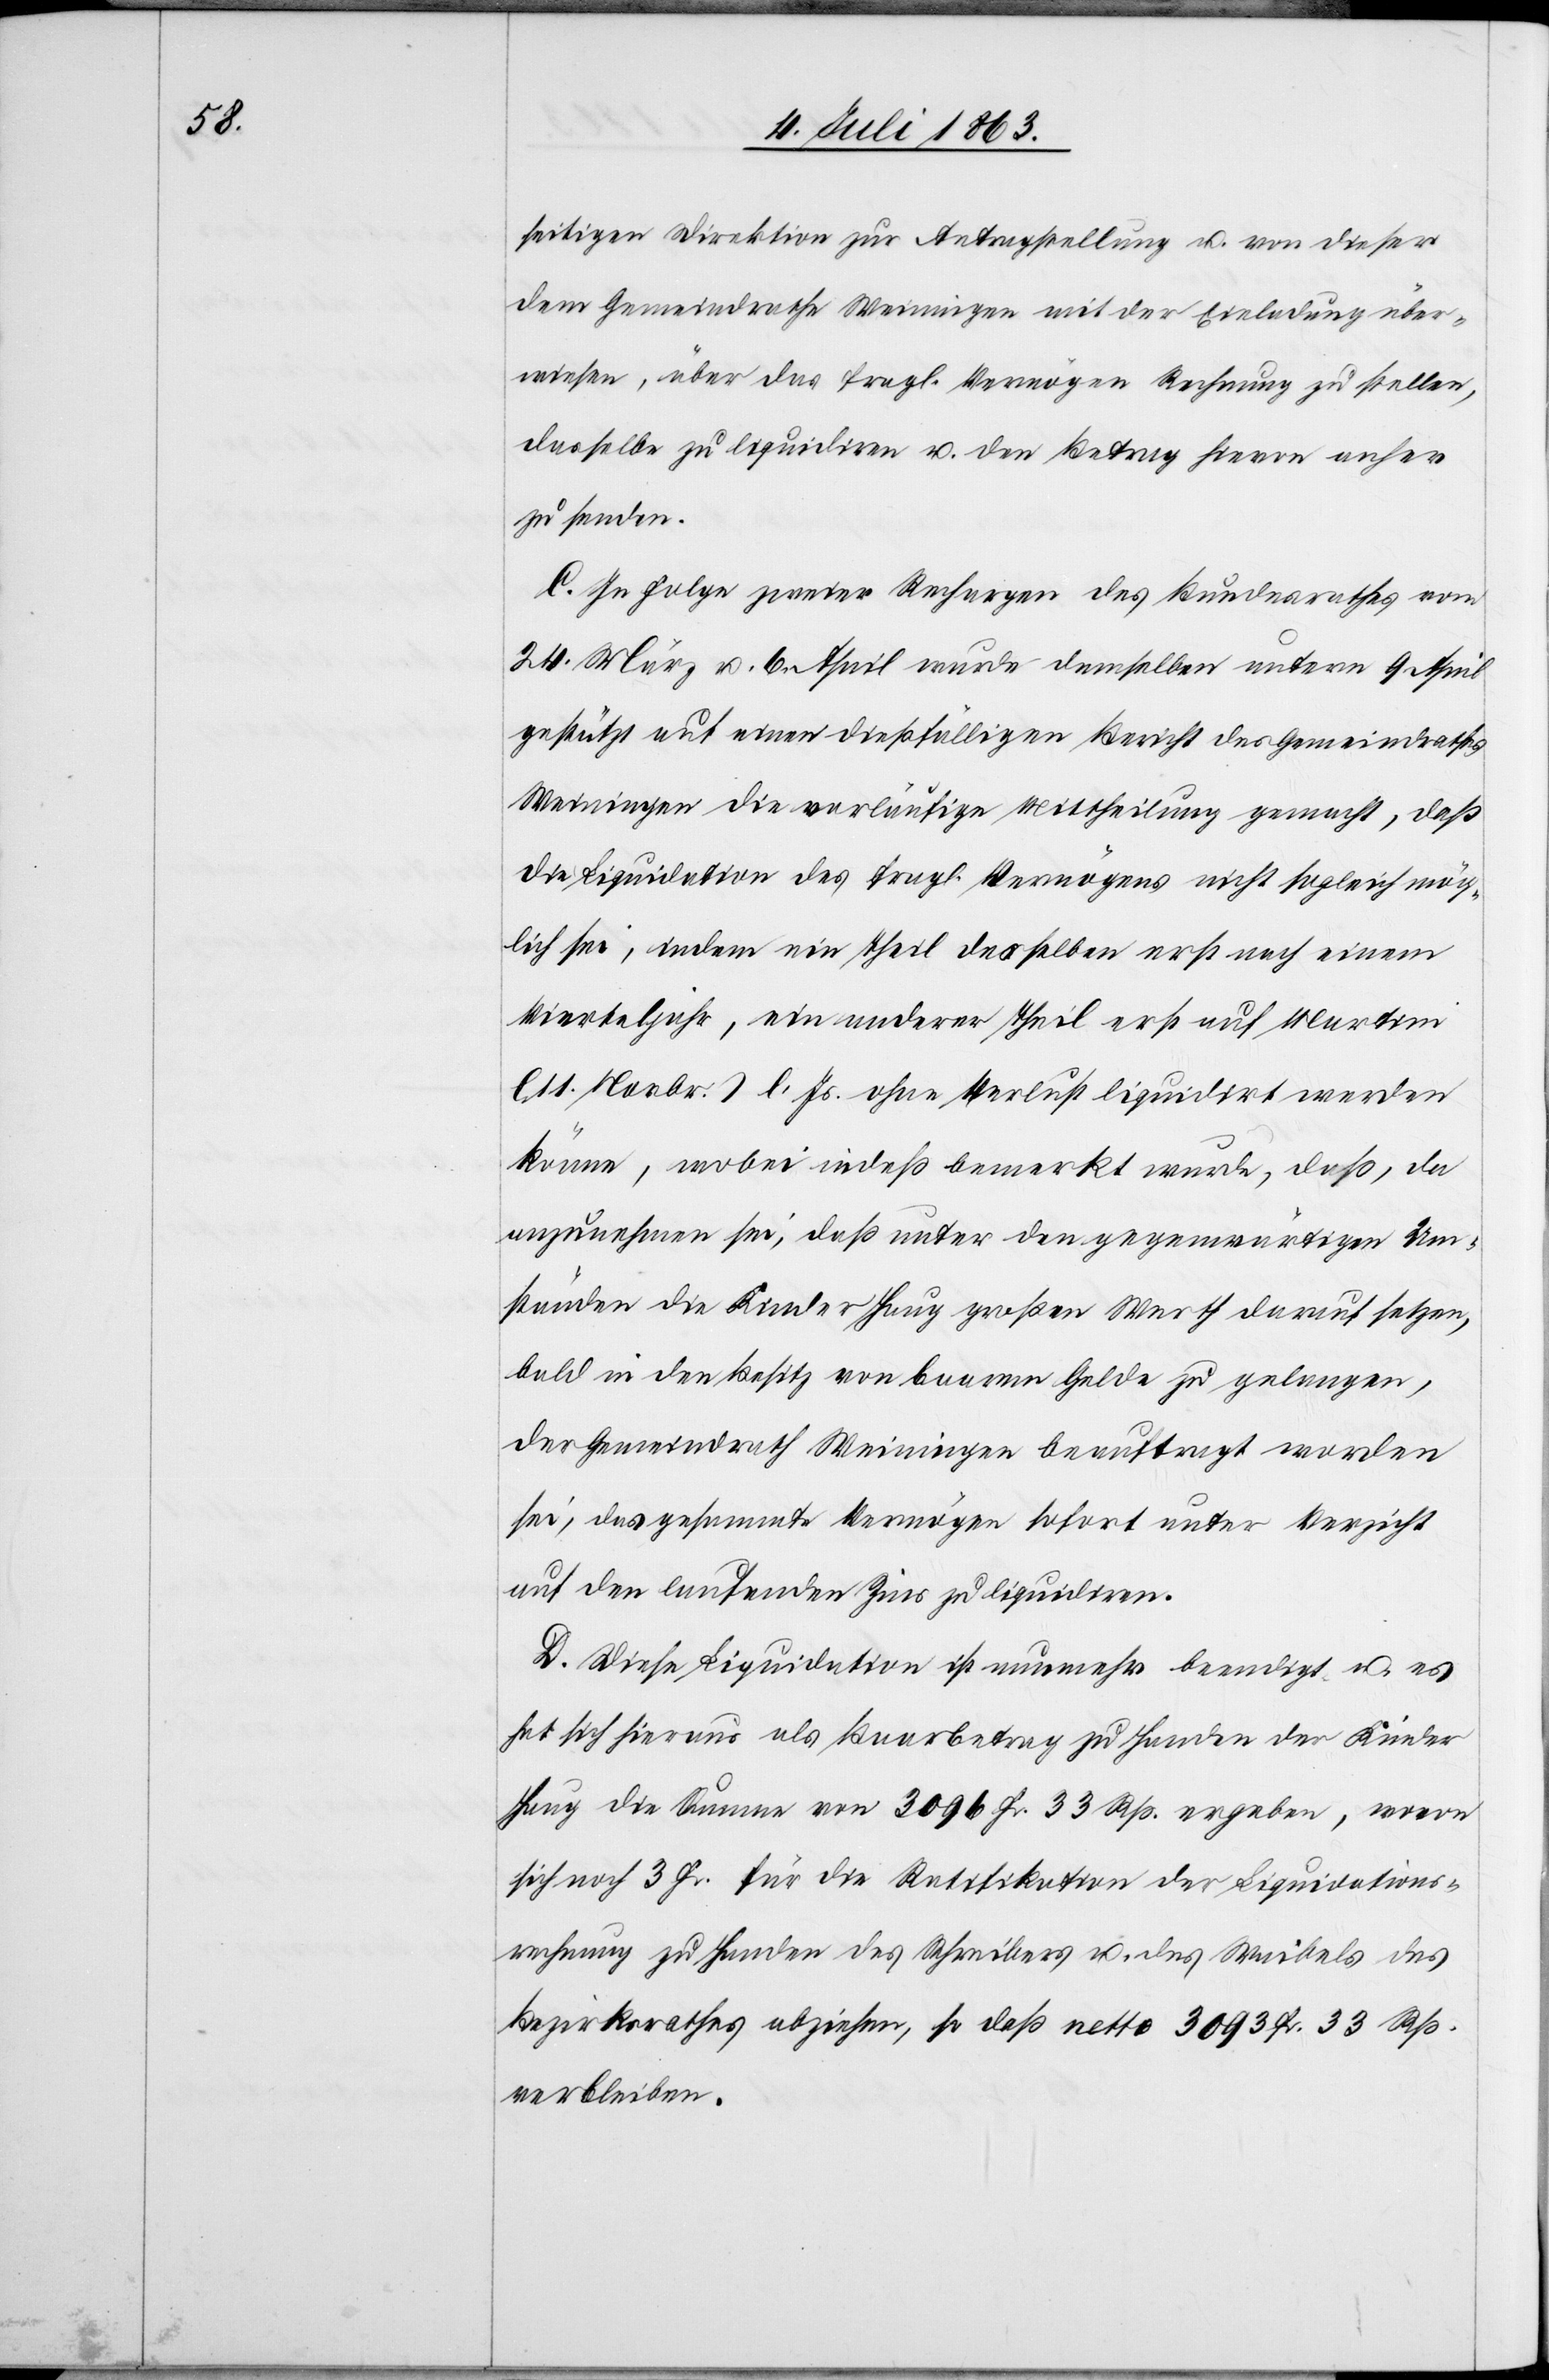
seitigen Direktion zur Antragstellung u. von dieser
dem Gemeindrathe Weiningen mit der Einladung über¬
wiesen, über das fragl. Vermögen Rechnung zu stellen,
dasselbe zu liquidiren u. den Betrag hievon anher
zu senden.
C. In Folge zweier Rechargen des Bundesrathes vom
24. März u. 6. April wurde demselben unterm 9 April
gestützt auf einen dießfälligen Bericht des Gemeindrathes
Weiningen die vorläufige Mittheilung gemacht, daß
die Liquidation des fragl. Vermögens nicht sogleich mög¬
lich sei, indem ein Theil desselben erst nach einem
Vierteljahr, ein anderer Theil erst auf Martini
(11. Novbr.) l. Js. ohne Verlust liquidirt werden
könne, wobei indeß bemerkt wurde, daß, da
anzunehmen sei, daß unter den gegenwärtigen Um¬
ständen die Kinder Haug großen Werth darauf setzen,
bald in den Besitz von baarem Gelde zu gelangen,
der Gemeindrath Weiningen beauftragt worden
sei, das gesammte Vermögen sofort unter Verzicht
auf den laufenden Zins zu liquidiren.
D. Diese Liquidation ist nunmehr beendigt u. es
hat sich hieraus als Baarbetrag zu Handen der Kinder
Haug die Summe von 3096 Fr. 33 Rp. ergeben, wovon
sich noch 3 Fr. für die Ratifikation der Liquidations¬
rechnung zu Handen des Schreibers u. des Waibels des
Bezirksrathes abziehen, so daß netto 3093 Fr. 33 Rp.
verbleiben.